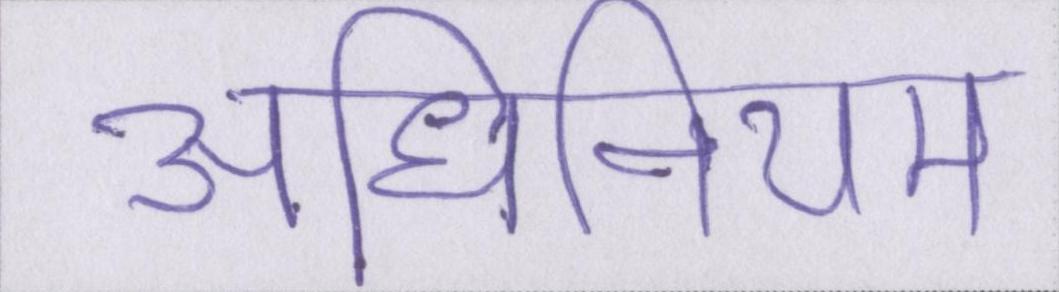
अधिनियम